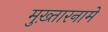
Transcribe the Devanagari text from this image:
मुख़्तारनामे